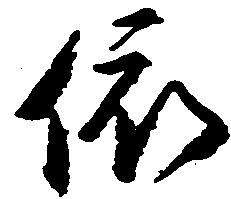
依